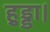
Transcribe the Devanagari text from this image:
हुड्डा।